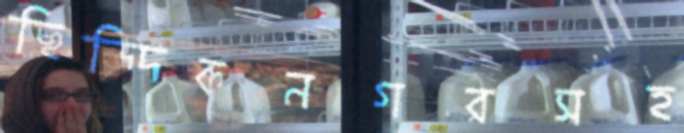
ছিদ্দিকনগরসহ